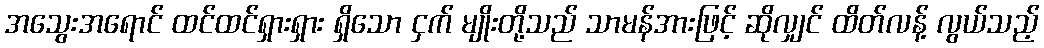
အသွေးအရောင် ထင်ထင်ရှားရှား ရှိသော ငှက် မျိုးတို့သည် သာမန်အားဖြင့် ဆိုလျှင် ထိတ်လန့် လွယ်သည့်